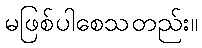
မဖြစ်ပါစေသတည်း။